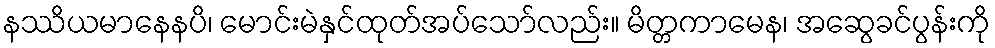
နဿိယမာနေနပိ၊ မောင်းမဲနှင်ထုတ်အပ်သော်လည်း။ မိတ္တကာမေန၊ အဆွေခင်ပွန်းကို